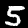
Digit: 5